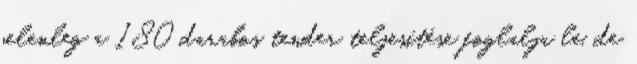
jelenleg a 180 darabos tender teljesítése foglalja le, de